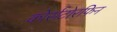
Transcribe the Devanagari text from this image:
कोर्सटोरफिन